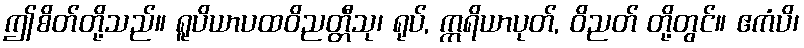
ဤစိတ်တို့သည်။ ရူပိယာပထဝိညတ္တီသု၊ ရုပ်, ဣရိယာပုတ်, ဝိညတ် တို့တွင်။ ဧကံပိ၊